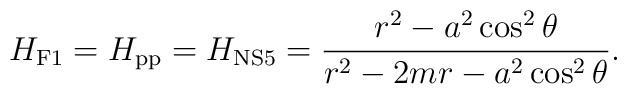
H_{\rm F1}=H_{\rm pp}=H_{\rm NS5}={{r^2-a^2\cos^2\theta}\over{r^2-2mr-a^2\cos^2\theta}}.